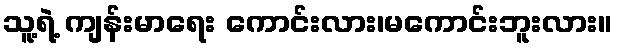
သူ့ရဲ့ ကျန်းမာရေး ကောင်းလား၊မကောင်းဘူးလား။